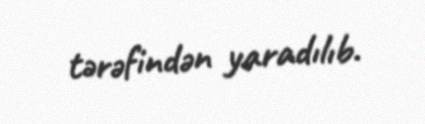
tərəfindən yaradılıb.